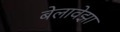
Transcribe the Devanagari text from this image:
बेलावेझा